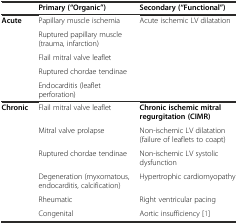
<table><thead><tr><td></td><td><b>Primary (“Organic”)</b></td><td><b>Secondary (“Functional”)</b></td></tr></thead><tbody><tr><td rowspan="5"><b>Acute</b></td><td>Papillary muscle ischemia</td><td rowspan="5">Acute ischemic LV dilatation</td></tr><tr><td>Ruptured papillary muscle (trauma, infarction)</td></tr><tr><td>Flail mitral valve leaflet</td></tr><tr><td>Ruptured chordae tendinae</td></tr><tr><td>Endocarditis (leaflet perforation)</td></tr><tr><td rowspan="6"><b>Chronic</b></td><td>Flail mitral valve leaflet</td><td><b>Chronic ischemic mitral regurgitation (CIMR)</b></td></tr><tr><td>Mitral valve prolapse</td><td>Non-ischemic LV dilatation (failure of leaflets to coapt)</td></tr><tr><td>Ruptured chordae tendinae</td><td>Non-ischemic LV systolic dysfunction</td></tr><tr><td>Degeneration (myxomatous, endocarditis, calcification)</td><td>Hypertrophic cardiomyopathy</td></tr><tr><td>Rheumatic</td><td>Right ventricular pacing</td></tr><tr><td>Congenital</td><td>Aortic insufficiency [1]</td></tr></tbody></table>